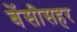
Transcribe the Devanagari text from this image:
बेंसीसहर